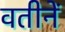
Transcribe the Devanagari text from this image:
वतीनें